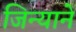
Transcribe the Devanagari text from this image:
जिन्याने